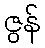
ဇွန်